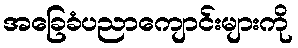
အခြေခံပညာကျောင်းများကို